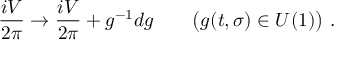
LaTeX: { \frac { i V } { 2 \pi } } \rightarrow { \frac { i V } { 2 \pi } } + g ^ { - 1 } d g \qquad \big ( g ( t , \sigma ) \in U ( 1 ) \big ) \ .